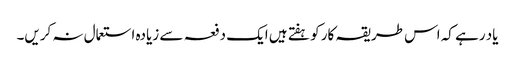
یاد رہے کہ اس طریقہ کار کو ہفتے ہیں ایک دفعہ سے زیادہ استعمال نہ کریں۔